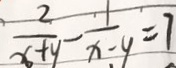
\frac { 2 } { x + y } - \frac { 1 } { x - y } = 7